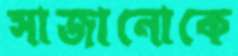
সাজানোকে